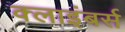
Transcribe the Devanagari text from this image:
क्लाइंबर्स